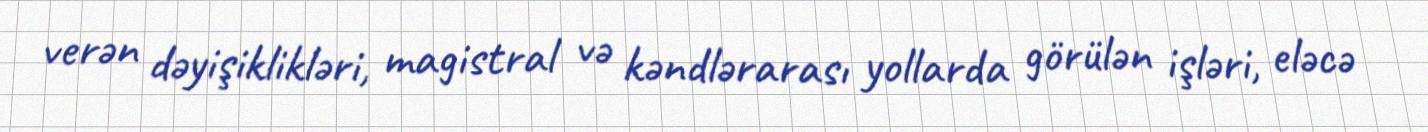
verən dəyişiklikləri, magistral və kəndlərarası yollarda görülən işləri, eləcə